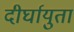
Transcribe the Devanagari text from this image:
दीर्घायुता